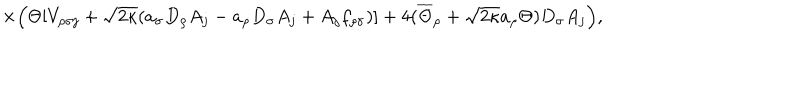
\times \Big ( \Theta [ V _ { \rho \sigma j } + \sqrt { 2 \kappa } ( a _ { \sigma } D _ { \rho } A _ { j } - a _ { \rho } D _ { \sigma } A _ { j } + A _ { j } f _ { \rho \sigma } ) ] + 4 ( \overline { { { \Theta } } } _ { \rho } + \sqrt { 2 \kappa } a _ { \rho } \Theta ) D _ { \sigma } A _ { j } \Big ) ,